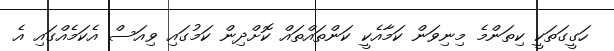
ހަގީގަތަކީ ކިތަންމެ މިނިވަން ކަމާއެކީ ކަންތައްތައް ކޮށްދިން ކަމުގައި ވިއަސް އެކަމެއްގައި އެ